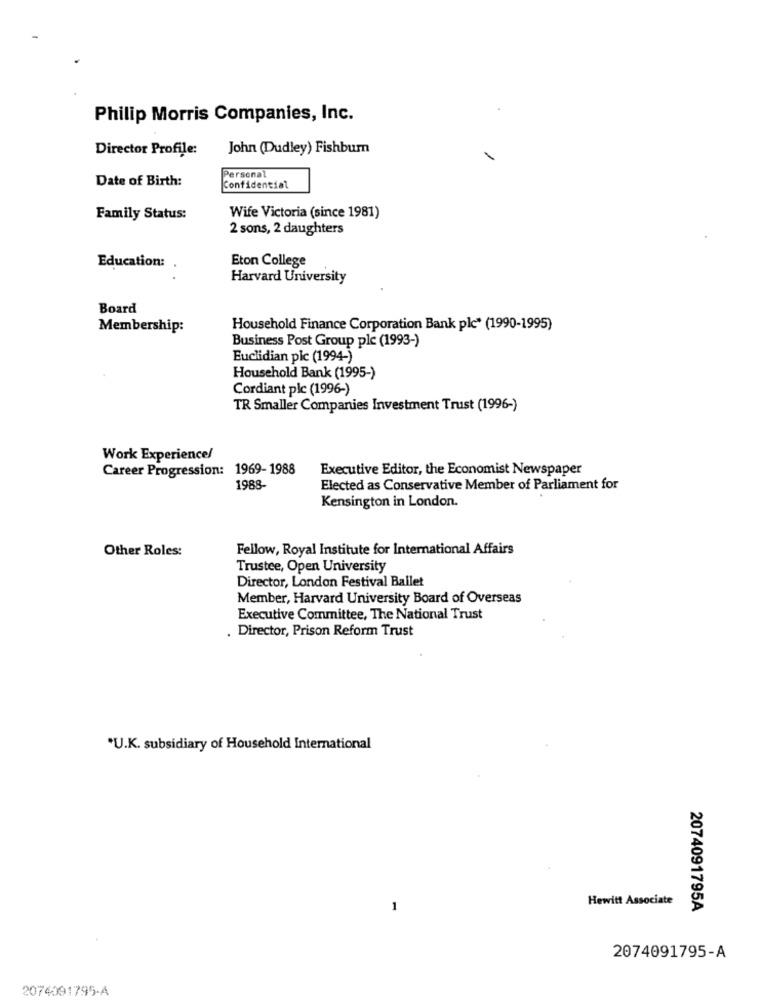
Philip Morris Companies, Inc.
Director Profile:
John (Dudley) Fishbum
Date of Birth:
Persona
Confidential
Family Status:
Wife Victoria (since 1981)
2 sons, 2 daughters
Eton College
Education: .
Harvard University
Board
Membership:
Household Finance Corporation Bank plc" (1990-1995)
Business Post Group plc (1993-)
Euclidian plc (1994-)
Household Bank (1995-)
Cordiant plc (1996-)
TR Smaller Companies Investment Trust (1996-)
Work Experience/
Career Progression: 1969- 1988
Executive Editor, the Economist Newspaper
1988-
Elected as Conservative Member of Parliament for
Kensington in London.
Other Roles:
Fellow, Royal Institute for International Affairs
Trustee, Open University
Director, London Festival Ballet
Member, Harvard University Board of Overseas
Executive Committee, The National Trust
. Director, Prison Reform Trust
*U.K. subsidiary of Household International
Hewitt Associate
1
2074091795A
2074091795-A
2074091795-A